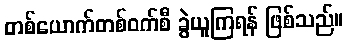
တစ်ယောက်တစ်ဝက်စီ ခွဲယူကြရန် ဖြစ်သည်။